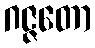
ဂဇ္ဇတော